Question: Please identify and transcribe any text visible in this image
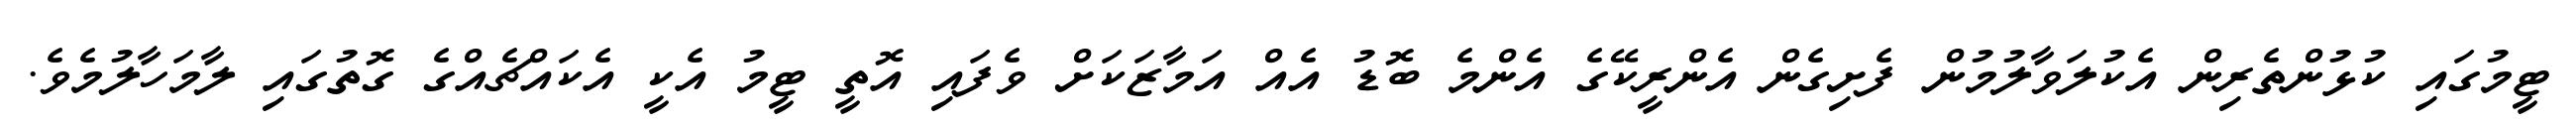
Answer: ޓީމުގައި ކުޅުންތެރިން އެކުލަވާލުމުން ފެށިގެން އެންރީކޭގެ އެންމެ ބޮޑު އެއް އަމާޒަކަށް ވެފައި އޮތީ ޓީމު އެކީ އެކައްޗެއްގެ ގޮތުގައި ލާމަހާލުމެވެ.